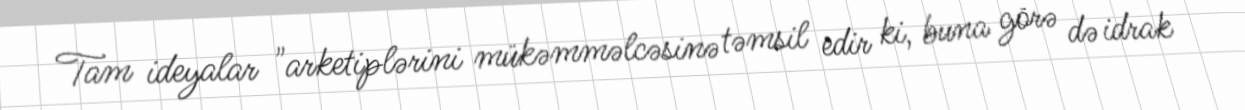
Tam ideyalar "arketiplərini mükəmməlcəsinə təmsil edir ki, buna görə də idrak